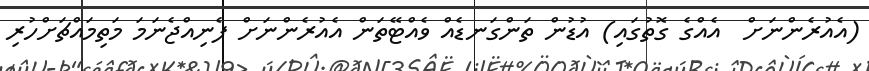
(އެއުރެންނަށް  އެއްގެ ގޮތުގައި) އުޑުން ތަންގަނޑެއް ވެއްޓޭތަން އެއުރެންނަށް ފެނިއްޖެނަމަ މަތިމައްޗަށްހުރި